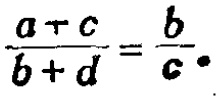
\frac{a + c}{b + d} = \frac{b}{c}